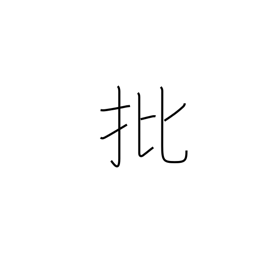
Meaning: criticism